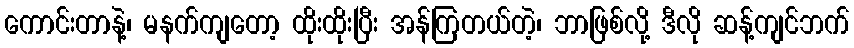
ကောင်းတာနဲ့၊ မနက်ကျတော့ ထိုးထိုးပြီး အန်ကြတယ်တဲ့၊ ဘာဖြစ်လို့ ဒီလို ဆန့်ကျင်ဘက်